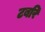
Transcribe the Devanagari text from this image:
टबरि